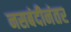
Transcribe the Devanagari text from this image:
नसबंदीनंतर